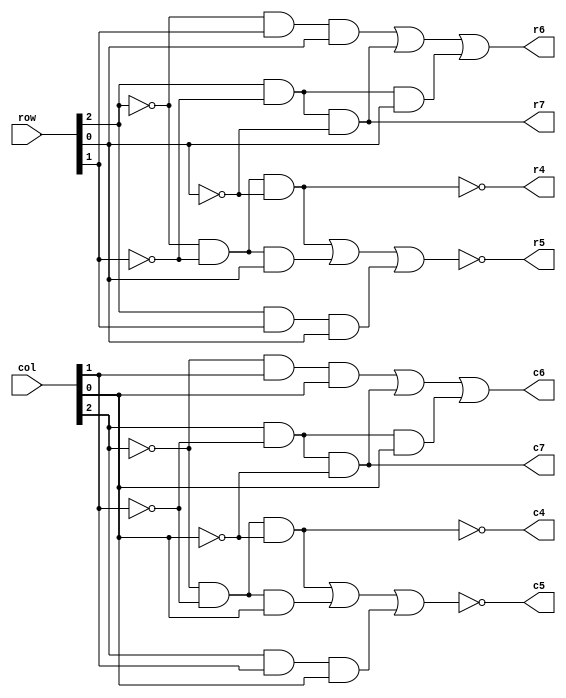
`timescale 1ns / 1ps
//////////////////////////////////////////////////////////////////////////////////
// Company: 
// Engineer: 
// 
// Design Name: 
// Module Name:    edgelogic 
// Project Name: 
// Target Devices: 
// Tool versions: 
// Description: 
//
// Dependencies: 
//
// Revision: 
// Revision 0.01 - File Created
// Additional Comments: 
//
//////////////////////////////////////////////////////////////////////////////////
module edgelogic(row,col,r7,r6,r5,r4,c7,c6,c5,c4);
	input [15:0] row; // y
	input [15:0] col; // x
	
	output r7;
	output r6;
	output r5;
	output r4;
	
	output c7;
	output c6;
	output c5;
	output c4;
	
	assign r7 = row[2]&~row[1]&~row[0];
	assign r6 = ~row[2]&row[1]&row[0] | row[2]&~row[1]&~row[0] | row[2]&~row[1]&row[0];
	assign r5 = ~(~row[2]&~row[1]&~row[0] | ~row[2]&~row[1]&row[0] | row[2]&row[1]&row[0]); 
	assign r4 = ~(~row[2]&~row[1]&~row[0]);
	
	assign c7 = col[2]&~col[1]&~col[0];
	assign c6 = ~col[2]&col[1]&col[0] | col[2]&~col[1]&~col[0] | col[2]&~col[1]&col[0];
	assign c5 = ~( ~col[2]&~col[1]&~col[0] | ~col[2]&~col[1]&col[0] | col[2]&col[1]&col[0]); 
	assign c4 = ~(~col[2]&~col[1]&~col[0]);

endmodule